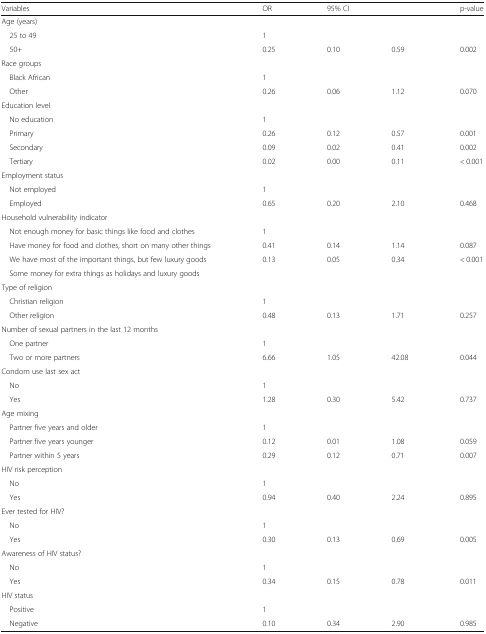
<table><thead><tr><td><b>Variables</b></td><td><b>OR</b></td><td colspan="2"><b>95% CI</b></td><td><b>p-value</b></td></tr></thead><tbody><tr><td colspan="5">Age (years)</td></tr><tr><td> 25 to 49</td><td>1</td><td></td><td></td><td></td></tr><tr><td> 50+</td><td>0.25</td><td>0.10</td><td>0.59</td><td>0.002</td></tr><tr><td colspan="5">Race groups</td></tr><tr><td> Black African</td><td>1</td><td></td><td></td><td></td></tr><tr><td> Other</td><td>0.26</td><td>0.06</td><td>1.12</td><td>0.070</td></tr><tr><td colspan="5">Education level</td></tr><tr><td> No education</td><td>1</td><td></td><td></td><td></td></tr><tr><td> Primary</td><td>0.26</td><td>0.12</td><td>0.57</td><td>0.001</td></tr><tr><td> Secondary</td><td>0.09</td><td>0.02</td><td>0.41</td><td>0.002</td></tr><tr><td> Tertiary</td><td>0.02</td><td>0.00</td><td>0.11</td><td>&lt; 0.001</td></tr><tr><td colspan="5">Employment status</td></tr><tr><td> Not employed</td><td>1</td><td></td><td></td><td></td></tr><tr><td> Employed</td><td>0.65</td><td>0.20</td><td>2.10</td><td>0.468</td></tr><tr><td colspan="5">Household vulnerability indicator</td></tr><tr><td> Not enough money for basic things like food and clothes</td><td>1</td><td></td><td></td><td></td></tr><tr><td> Have money for food and clothes, short on many other things</td><td>0.41</td><td>0.14</td><td>1.14</td><td>0.087</td></tr><tr><td> We have most of the important things, but few luxury goods</td><td>0.13</td><td>0.05</td><td>0.34</td><td>&lt; 0.001</td></tr><tr><td> Some money for extra things as holidays and luxury goods</td><td></td><td></td><td></td><td></td></tr><tr><td colspan="5">Type of religion</td></tr><tr><td> Christian religion</td><td>1</td><td></td><td></td><td></td></tr><tr><td> Other religion</td><td>0.48</td><td>0.13</td><td>1.71</td><td>0.257</td></tr><tr><td colspan="5">Number of sexual partners in the last 12 months</td></tr><tr><td> One partner</td><td>1</td><td></td><td></td><td></td></tr><tr><td> Two or more partners</td><td>6.66</td><td>1.05</td><td>42.08</td><td>0.044</td></tr><tr><td colspan="5">Condom use last sex act</td></tr><tr><td> No</td><td>1</td><td></td><td></td><td></td></tr><tr><td> Yes</td><td>1.28</td><td>0.30</td><td>5.42</td><td>0.737</td></tr><tr><td colspan="5">Age mixing</td></tr><tr><td> Partner five years and older</td><td>1</td><td></td><td></td><td></td></tr><tr><td> Partner five years younger</td><td>0.12</td><td>0.01</td><td>1.08</td><td>0.059</td></tr><tr><td> Partner within 5 years</td><td>0.29</td><td>0.12</td><td>0.71</td><td>0.007</td></tr><tr><td colspan="5">HIV risk perception</td></tr><tr><td> No</td><td>1</td><td></td><td></td><td></td></tr><tr><td> Yes</td><td>0.94</td><td>0.40</td><td>2.24</td><td>0.895</td></tr><tr><td colspan="5">Ever tested for HIV?</td></tr><tr><td> No</td><td>1</td><td></td><td></td><td></td></tr><tr><td> Yes</td><td>0.30</td><td>0.13</td><td>0.69</td><td>0.005</td></tr><tr><td colspan="5">Awareness of HIV status?</td></tr><tr><td> No</td><td>1</td><td></td><td></td><td></td></tr><tr><td> Yes</td><td>0.34</td><td>0.15</td><td>0.78</td><td>0.011</td></tr><tr><td colspan="5">HIV status</td></tr><tr><td> Positive</td><td>1</td><td></td><td></td><td></td></tr><tr><td> Negative</td><td>0.10</td><td>0.34</td><td>2.90</td><td>0.985</td></tr></tbody></table>